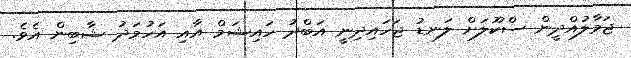
ޖަމާލުއްދީން ސްކޫލަށް ލަނޑު ޖަހައިދިނީ އަބްދު ހައިޝަމް އާއި އަހުމަދު ޝާބިން އެވެ.